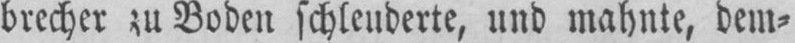
brecher zu Boden schleuderte, und mahnte, dem-